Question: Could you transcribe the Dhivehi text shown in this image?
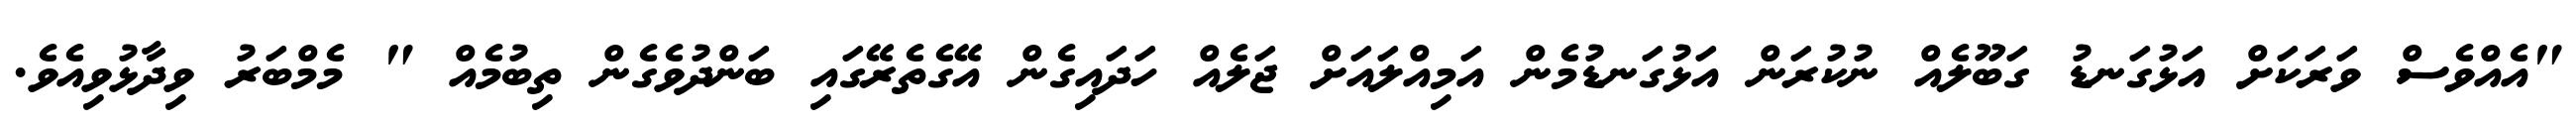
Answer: "އެއްވެސް ވަރަކަށް އަޅުގަނޑު ގަބޫލެއް ނުކުރަން އަޅުގަނޑުމެން އަމިއްލައަށް ޖަލެއް ހަދައިގެން އޭގެތެރޭގައި ބަންދުވެގެން ތިބުމެއް " މެމްބަރު ވިދާޅުވިއެވެ.